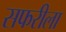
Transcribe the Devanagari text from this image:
सफरीला